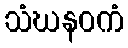
သံဃနဝကံ